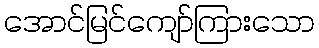
အောင်မြင်ကျော်ကြားသော